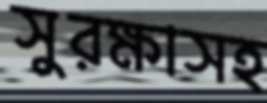
সুরক্ষাসহ